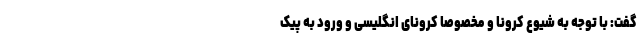
گفت: با توجه به شیوع کرونا و مخصوصاً کرونای انگلیسی و ورود به پیک